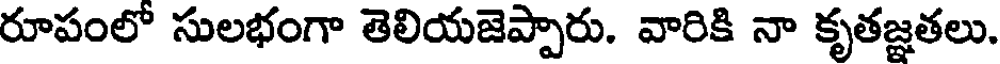
రూపంలో సులభంగా తెలియజెప్పారు. వారికి నా కృతజ్ఞతలు.